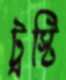
ট্রস্টি